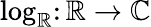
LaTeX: \log_{\mathbb{R}}\colon\mathbb{R}\to\mathbb{{C}}